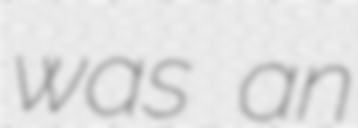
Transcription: was an